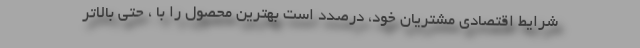
شرایط اقتصادی مشتریان خود، درصدد است بهترین محصول را با ، حتی بالاتر